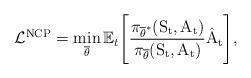
LaTeX: \begin{align*} \mathcal{L}^{\mathrm{NCP}} = \min_{\overline{\theta}}\mathbb{E}_{t}\Bigg[\mathrm{\frac{\pi_{\overline{\theta}^{*}}(S_t, A_t)}{\pi_{\overline{\theta}}(S_t, A_t)}\hat{A}_{t}}\Bigg],\end{align*}